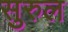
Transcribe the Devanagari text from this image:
सुरुल